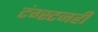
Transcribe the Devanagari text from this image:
टंग्स्टनही